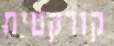
קורקטית